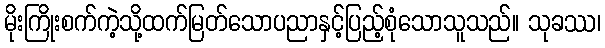
မိုးကြိုးစက်ကဲ့သို့ထက်မြတ်သောပညာနှင့်ပြည့်စုံသောသူသည်။ သုခဿ၊